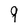
Character: 9